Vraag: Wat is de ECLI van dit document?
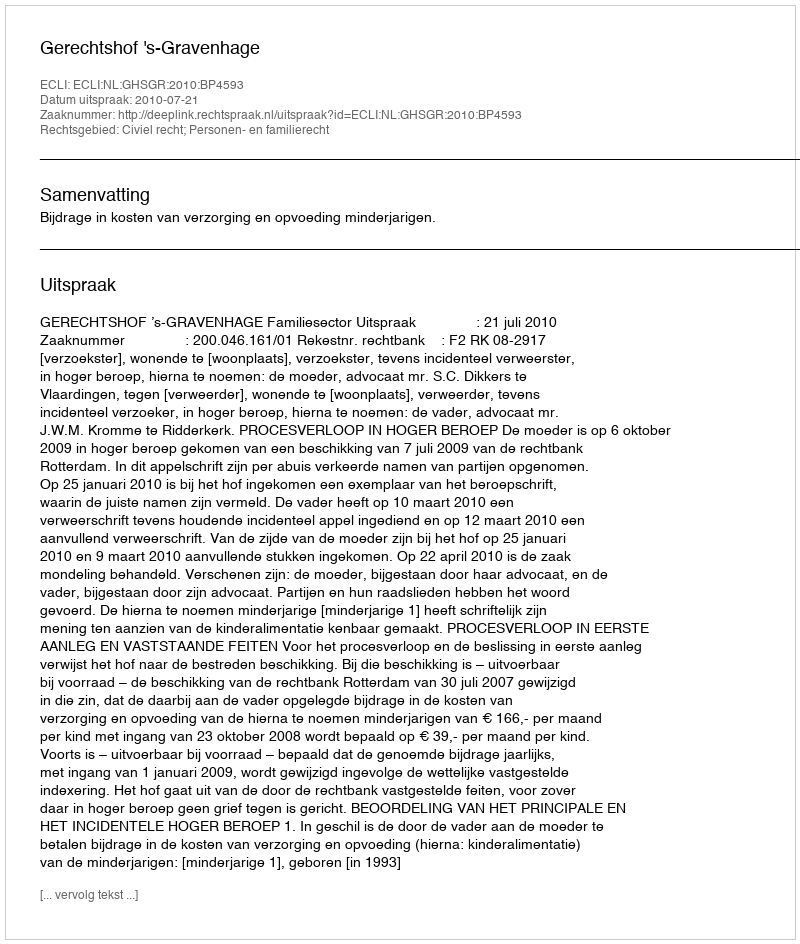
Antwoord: ECLI:NL:GHSGR:2010:BP4593